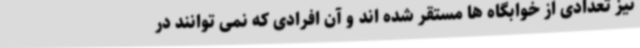
نیز تعدادی از خوابگاه ها مستقر شده اند و آن افرادی که نمی توانند در